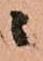
ニ